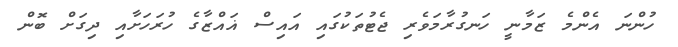
ހުންނަ އެންމެ ޒަމާނީ ހަނގުރާމަވެރި ޖެޓުތަކުގައި އައިސް ޣައްޒާގެ ހުރަހަށާއި ދިގަށް ބޮން